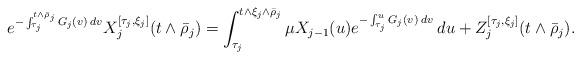
LaTeX: \begin{align*}e^{-\int_{\tau_j}^{t \wedge {\bar \rho}_j} G_j(v) \: dv} X^{[\tau_j, \xi_j]}_j(t \wedge {\bar \rho}_j) = \int_{\tau_j}^{t \wedge \xi_j \wedge {\bar \rho}_j} \mu X_{j-1}(u) e^{-\int_{\tau_j}^u G_j(v) \: dv} \: du + Z_j^{[\tau_j, \xi_j]}(t \wedge {\bar \rho}_j).\end{align*}